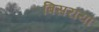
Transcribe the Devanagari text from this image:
बिसराया